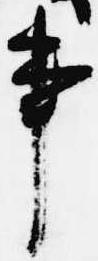
事